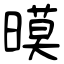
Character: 暯